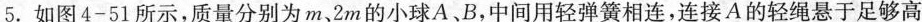
5.如图4-51所示，质量分别为m、2m的小球A、B，中间用轻弹簧相连，连接A的轻绳悬于足够高